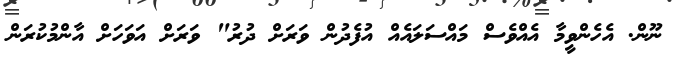
ނޫން. އެހެންވީމާ އެއްވެސް މައްސަލައެއް އުފެދުން ވަރަށް ދުރު" ވަރަށް އަވަހަށް އާންމުކުރަން